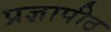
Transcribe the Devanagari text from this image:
प्रज्ञापीठ